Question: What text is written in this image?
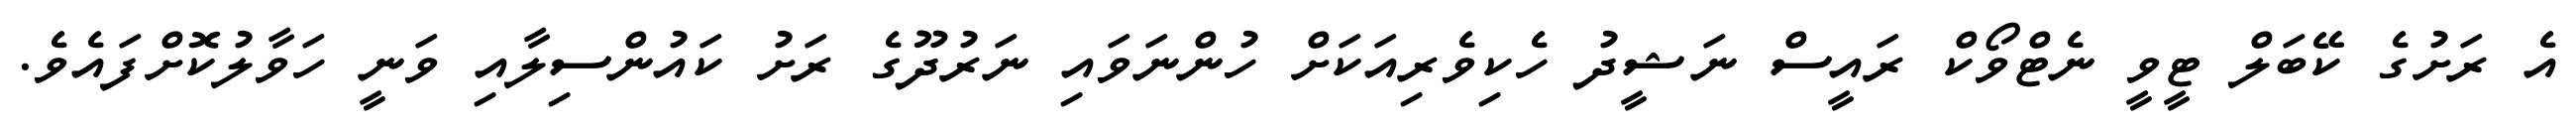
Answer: އެ ރަށުގެ ކޭބަލް ޓީވީ ނެޓްވޯކް ރައީސް ނަޝީދު ހެކިވެރިއަކަށް ހުންނަވައި ނަރުދޫގެ ރަށު ކައުންސިލާއި ވަނީ ހަވާލުކޮށްފައެވެ.